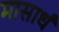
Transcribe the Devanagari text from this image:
मासार्धं